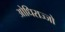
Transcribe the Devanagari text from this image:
ओधिराज्जो